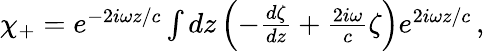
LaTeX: \begin{array}{r}{\chi_{+}=e^{-2i\omega z/c}\int dz\left(-\frac{d\zeta}{dz}+\frac{2i\omega}{c}\zeta\right)e^{2i\omega z/c}\, ,}\end{array}